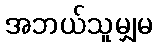
အဘယ်သူမျှမ